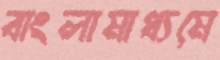
বাংলামাধ্যমে